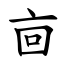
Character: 㐭